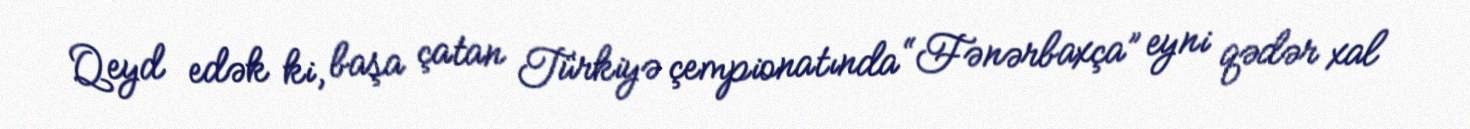
Qeyd edək ki, başa çatan Türkiyə çempionatında “Fənərbaxça” eyni qədər xal